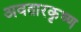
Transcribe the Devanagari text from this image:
अवतारकृष्ण